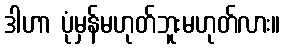
ဒါဟာ ပုံမှန်မဟုတ်ဘူးမဟုတ်လား။